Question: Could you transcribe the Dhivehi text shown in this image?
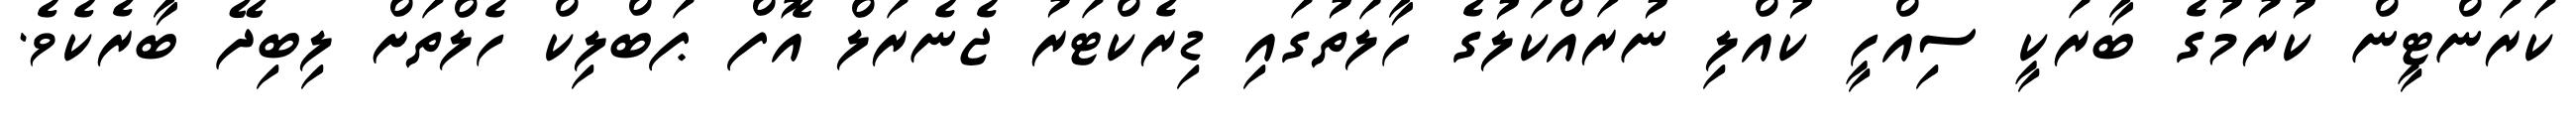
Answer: ކަރަންޓީން ކުރުމުގެ ބާރަކީ ސިއްހީ ކުއްލި ނުރައްކަލުގެ ހާލަތުގައި ޑިރެކްޓަރު ޖެނެރަލް އޮފް ޕަބްލިކް ހެލްތަށް ލިބިދޭ ބާރެކެވެ.